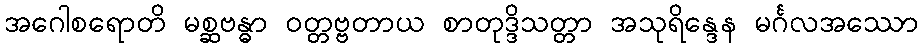
အဂေါစရောတိ မစ္ဆဗန္ဓာ ဝတ္တဗ္ဗတာယ စာတုဒ္ဒိသတ္တာ အသုရိန္ဒေန မင်္ဂလအဿော